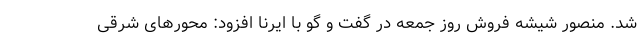
شد. منصور شیشه فروش روز جمعه در گفت و گو با ایرنا افزود: محورهای شرقی